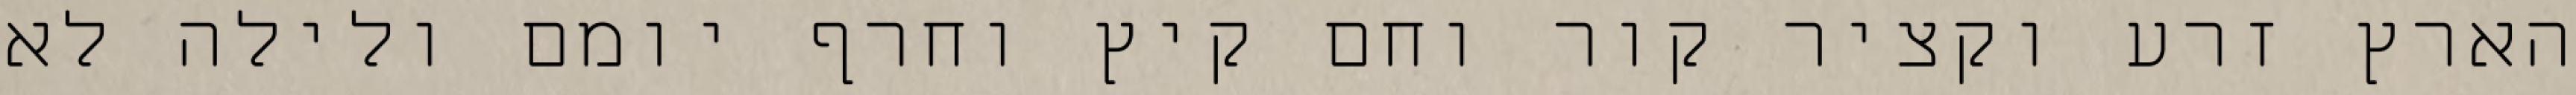
הארץ זרע וקציר קור וחם קיץ וחרף יומם ולילה לא